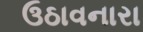
ઉઠાવનારા